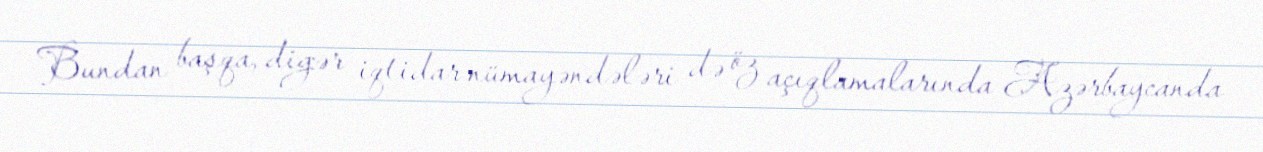
Bundan başqa, digər iqtidar nümayəndələri də öz açıqlamalarında Azərbaycanda